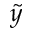
\tilde { y }